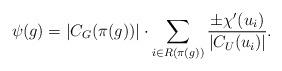
LaTeX: \begin{align*} \psi(g) = |C_G( \pi(g) )| \cdot \sum_{i \in R( \pi(g) )} \frac{\pm \chi'(u_i)}{|C_U(u_i)|}.\end{align*}